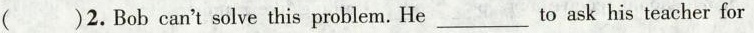
( )2.Bob can't solve this problem.He___to ask his teacher for